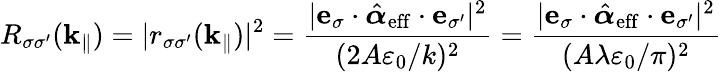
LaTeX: R_{\sigma\sigma^{\prime}}(\mathbf{k}_{\| })=|r_{\sigma\sigma^{\prime}}(\mathbf{k}_{\| })|^{2}=\frac{|\mathbf{e}_{\sigma}\cdot\hat{\boldsymbol{\alpha}}_{\mathrm{eff}}\cdot\mathbf{e}_{\sigma^{\prime}}|^{2}}{(2A\varepsilon_{0}/k)^{2}}=\frac{|\mathbf{e}_{\sigma}\cdot\hat{\boldsymbol{\alpha}}_{\mathrm{eff}}\cdot\mathbf{e}_{\sigma^{\prime}}|^{2}}{(A\lambda\varepsilon_{0}/\pi)^{2}}